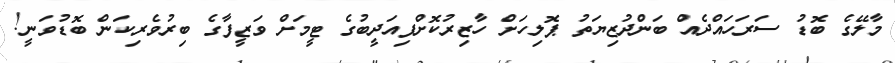
މާލޭގެ ބޮޑު ސަރަހައްދެއް ބަންދުޒިޔަތުު ޕޮލިހަށް ހާޒިރުކޮށްފިއަދީބުގެ ޓީމަށް ވަޒީފާގެ ބިރުވެރިކަން ބޮޑުވަނީ!